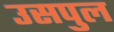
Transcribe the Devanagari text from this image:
उसपुल